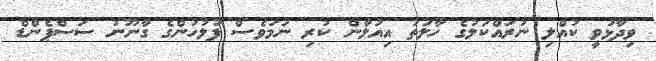
ވިދާޅުވީ ކުއްލި ނުރައްކަލުގެ ހާލަތު އިއުލާން ކުރި ނަމަވެސް ފުލުހުންގެ ގާނޫނު ސަސްޕެންޑް